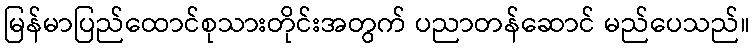
မြန်မာပြည်ထောင်စုသားတိုင်းအတွက် ပညာတန်ဆောင် မည်ပေသည်။